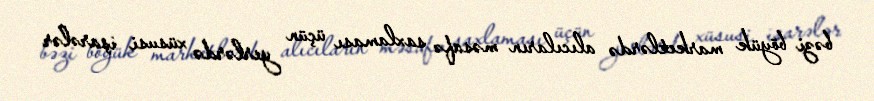
bəzi böyük marketlərdə alıcıların məsafə saxlaması üçün yerlərdə xüsusi işarələr